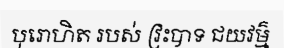
បុរោហិត របស់ វ្រះបាទ ជយវម៌្ម